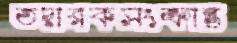
তদারকসংক্রান্ত